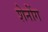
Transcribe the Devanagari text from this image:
शेनोंग